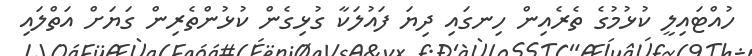
ހުއްޓައިލީ ކުޅުމުގެ ތެރެއިން ހިނގައި ދިޔަ ފައުލަކާ ގުޅިގެން ކުޅުންތެރިން ގަޔަށް އަތްލައި